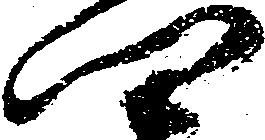
四